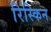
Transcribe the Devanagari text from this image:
रिस्किन